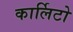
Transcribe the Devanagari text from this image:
कार्लिटो